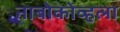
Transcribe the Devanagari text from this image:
नाबोकोव्हला